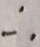
\therefore